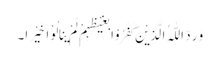
وَ رَدَّ اللّٰہُ الَّذِیْنَ کَفَرُوْا بِغَیْظِہِمْ لَمْ یَنَالُوْا خَیْرًا۔